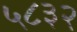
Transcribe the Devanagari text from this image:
५८३२